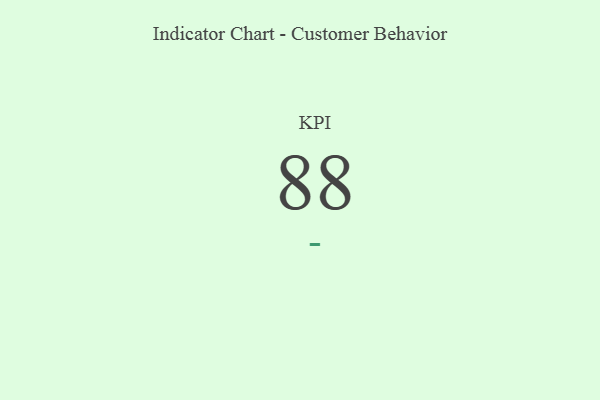
{"axis": {"x": "KPI", "y": "Value"}, "legend": [""], "data": [{"x": "KPI", "y": 88, "type": ""}]}